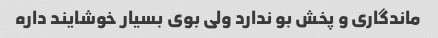
ماندگاری و پخش بو ندارد ولی بوی بسیار خوشایند داره